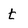
Character: t